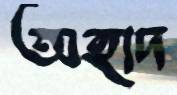
অহাদ